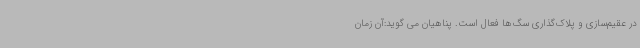
در عقیم‌سازی و پلاک‌گذاری سگ‌ها فعال است. پناهیان می گوید:آن زمان